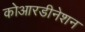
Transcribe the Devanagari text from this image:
कोआरडीनेशन